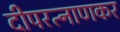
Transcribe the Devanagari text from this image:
दीपरत्नाणकर